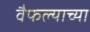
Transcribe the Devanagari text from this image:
वैफल्याच्या